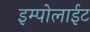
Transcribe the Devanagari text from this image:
इम्पोलाईट